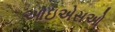
આઇએસઓ